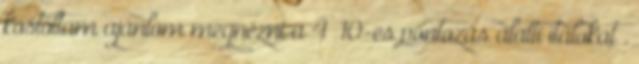
kostoltam ajánlom megnézni a 4 10-es pontozás alatti italokat .